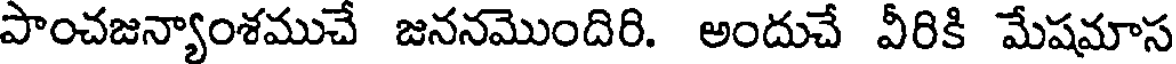
పాంచజన్యాంశముచే జననమొందిరి. అందుచే వీరికి మేషమాస